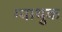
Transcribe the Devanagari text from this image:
ग्याथुक